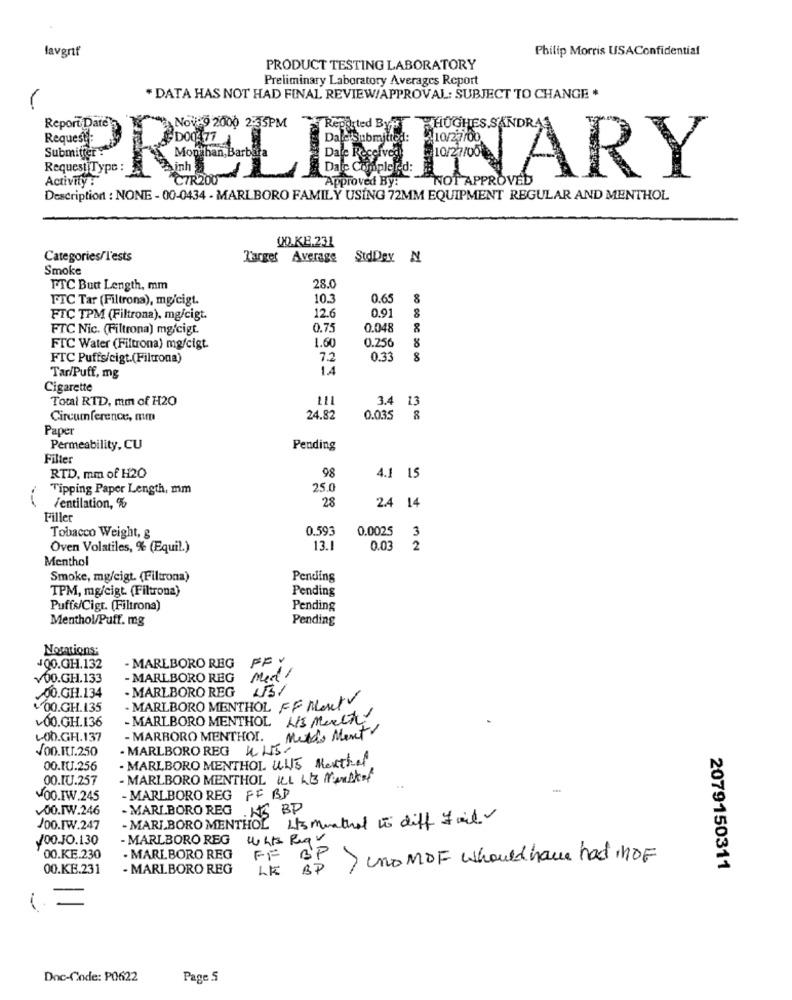
laverť
Philip Morris USAConfidential
PRODUCT TESTING LABORATORY
Preliminary Laboratory Averages Report
" DATA HAS NOT HAD FINAL REVIEW/APPROVAL: SUBJECT TO CHANGE .
PRELIMINARY
Dale Comple bor SOT APPROVED
Description : NONE - 00-0434 - MARLBORO FAMILY USING 72MM EQUIPMENT REGULAR AND MENTHOL
Q0.KE.231
Categories/l'ests
Target Average
StdDey N
Smoke
FTC Butt Length, mm
28.0
FTC Tar (Filtrona), mg/cigt.
10.3
0.65
12.6
0.91
FTC TPM (Filtrona), mg/cigt.
FTC Nic. (Filtrona) mg/cigt.
0.75
0.048
8
1.60
8
FTC Water (Filtrona) mg/cigt.
0.256
FTC Puffs/cigt.(Filtrona)
7.2
0.33
8
Tar/Puff, mg
1.A
Cigarette
Total RTD, mm of H2O
3.4 13
Circumference, mm
24.82
0.035 %
Paper
Permeability, CU
Pending
Filter
98
RTD. mm of H2O
4.1 15
Tipping Paper Length, mm
25.0
28
Ventilation, %
2.4 14
Filler
0.593
0.0025
3
Tobacco Weight, g
Oven Volatiles, % (Equil.)
13.1
0.03
2
Menthol
Smoke, mg/cigt. (Filtrona)
Pending
TPM, mg/cigt. (Filtrona)
Pending
Puffs/Cigt. (Filtrona)
Pending
Menthol/Puff. mg
Pending
Notations:
- MARLBORO REG FF .
400.GH.132
V00.GH.133
- MARLBORO REG
Med/
- MARLBORO REG
.00.GH.134
400.GH.135
- MARLBORO MENTHOL FF Mouth
v00.GH.136
MARLBORO MENTHOL A/S Much
Medde Ment
LOD.G.H. 137
- MARBORO MENTHOL
JOD.IL.250
- MARLBORO REG KU5.
- MARLBORO MENTHOL UNS Mexthef
00.IU.256
00.IU.257
- MARLBORO MENTHOL ILL LIB Manskal
00.IW.245
- MARLBORO REG FF BD
00.IW.246
- MARLBORO REG . HS BP
Hts menthol to diff Fail
JOO.TW.247
- MARLBORO MENTHOL
/00-JO.130
MARLBORO REG
whit Requ
BP
00.KE.230
. MARLBORO REG
> uno MDF whould have had noF
00.KE.231
MARLBORO REG
LE
BP
2079150311
=
Doc-Code: P0622
Page 5